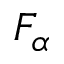
F _ { \alpha }